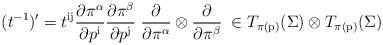
LaTeX: \begin{align*}(t^{-1})' = t^{\mathrm{ij}} {\partial\pi^\alpha\over\partial p^{\mathrm{i}}}{\partial\pi^\beta\over\partial p^{\mathrm{j}}}\; {\partial\over\partial\pi^\alpha}\otimes{\partial\over\partial\pi^\beta}\;\in T_{\pi(\mathrm{p})}(\Sigma) \otimes T_{\pi(\mathrm{p})}(\Sigma)\end{align*}